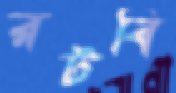
রটবি